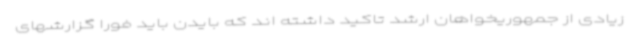
زیادی از جمهوریخواهان ارشد تاکید داشته اند که بایدن باید فورا گزارشهای